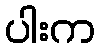
ပါးက